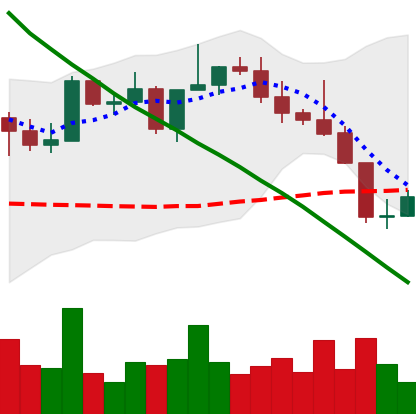
Ticker: NEO-USD
Chart end date: 2022-08-21
Forward return: -8.829%
Label: down_7plus